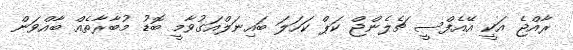
ރާއްޖެ އަކީ އޭއެފްސީ ޗެލެންޖް ކަޕް ކަހަލަ ބައިނަލްއަގުވާމީ ބޮޑު މުބާރާތެއް ބާއްވަން